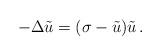
LaTeX: \begin{align*}-\Delta\tilde u=(\sigma-\tilde u)\tilde u\,.\end{align*}